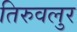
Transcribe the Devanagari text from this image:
तिरुवलुर